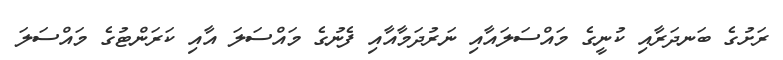
ރަށުގެ ބަނދަރާއި ކުނީގެ މައްސަލައާއި ނަރުދަމާއާއި ފެނުގެ މައްސަލަ އާއި ކަރަންޓުގެ މައްސަލަ